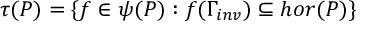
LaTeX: \tau ( P ) = \{ f \in \psi ( P ) : f ( \Gamma _ { i n v } ) \subseteq h o r ( P ) \}